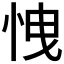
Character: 𢘽